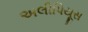
અલીપિયૂસ